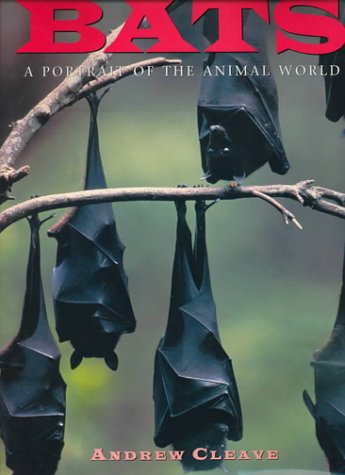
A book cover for Bats (A Portrait of the Animal World); Andrew Cleave; Sports & Outdoors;